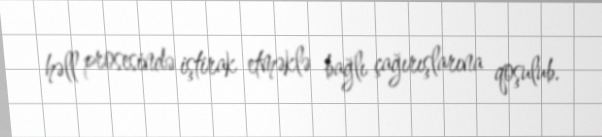
həll prosesində iştirak etməklə bağlı çağırışlarına qoşulub.